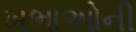
ખભાઓની